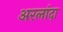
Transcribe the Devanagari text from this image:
अरलांदा